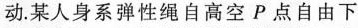
动。某人身系弹性绳自高空P点自由下